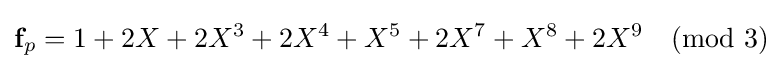
{\textbf {f}}_{p}=1+2X+2X^{3}+2X^{4}+X^{5}+2X^{7}+X^{8}+2X^{9}{\pmod {3}}